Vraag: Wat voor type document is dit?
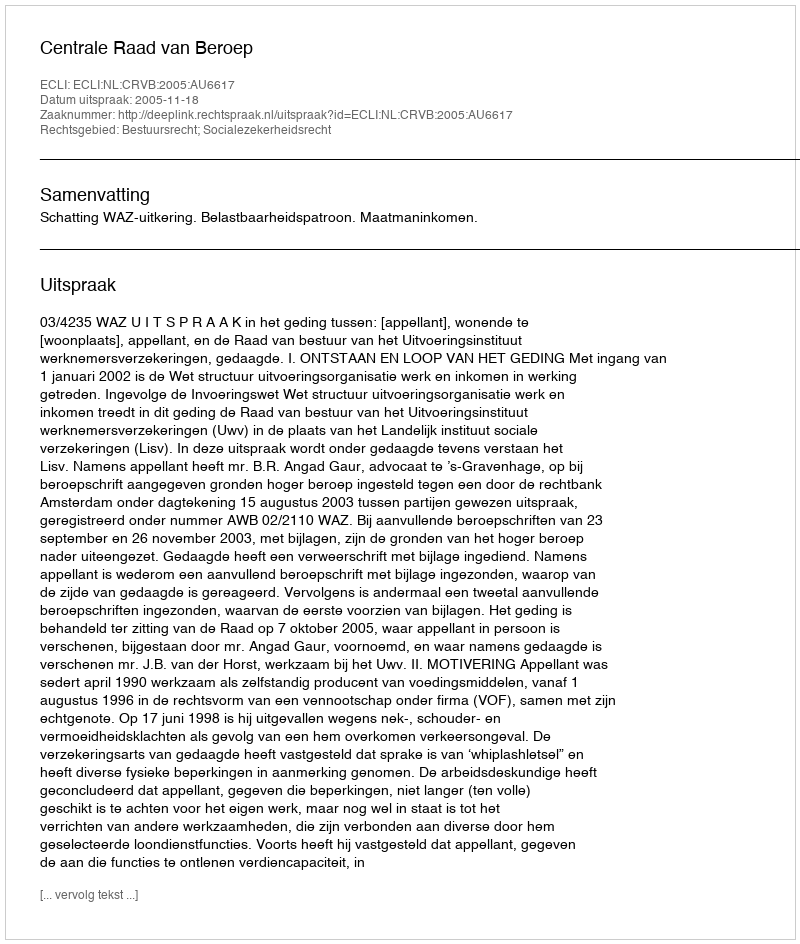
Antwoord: Uitspraak